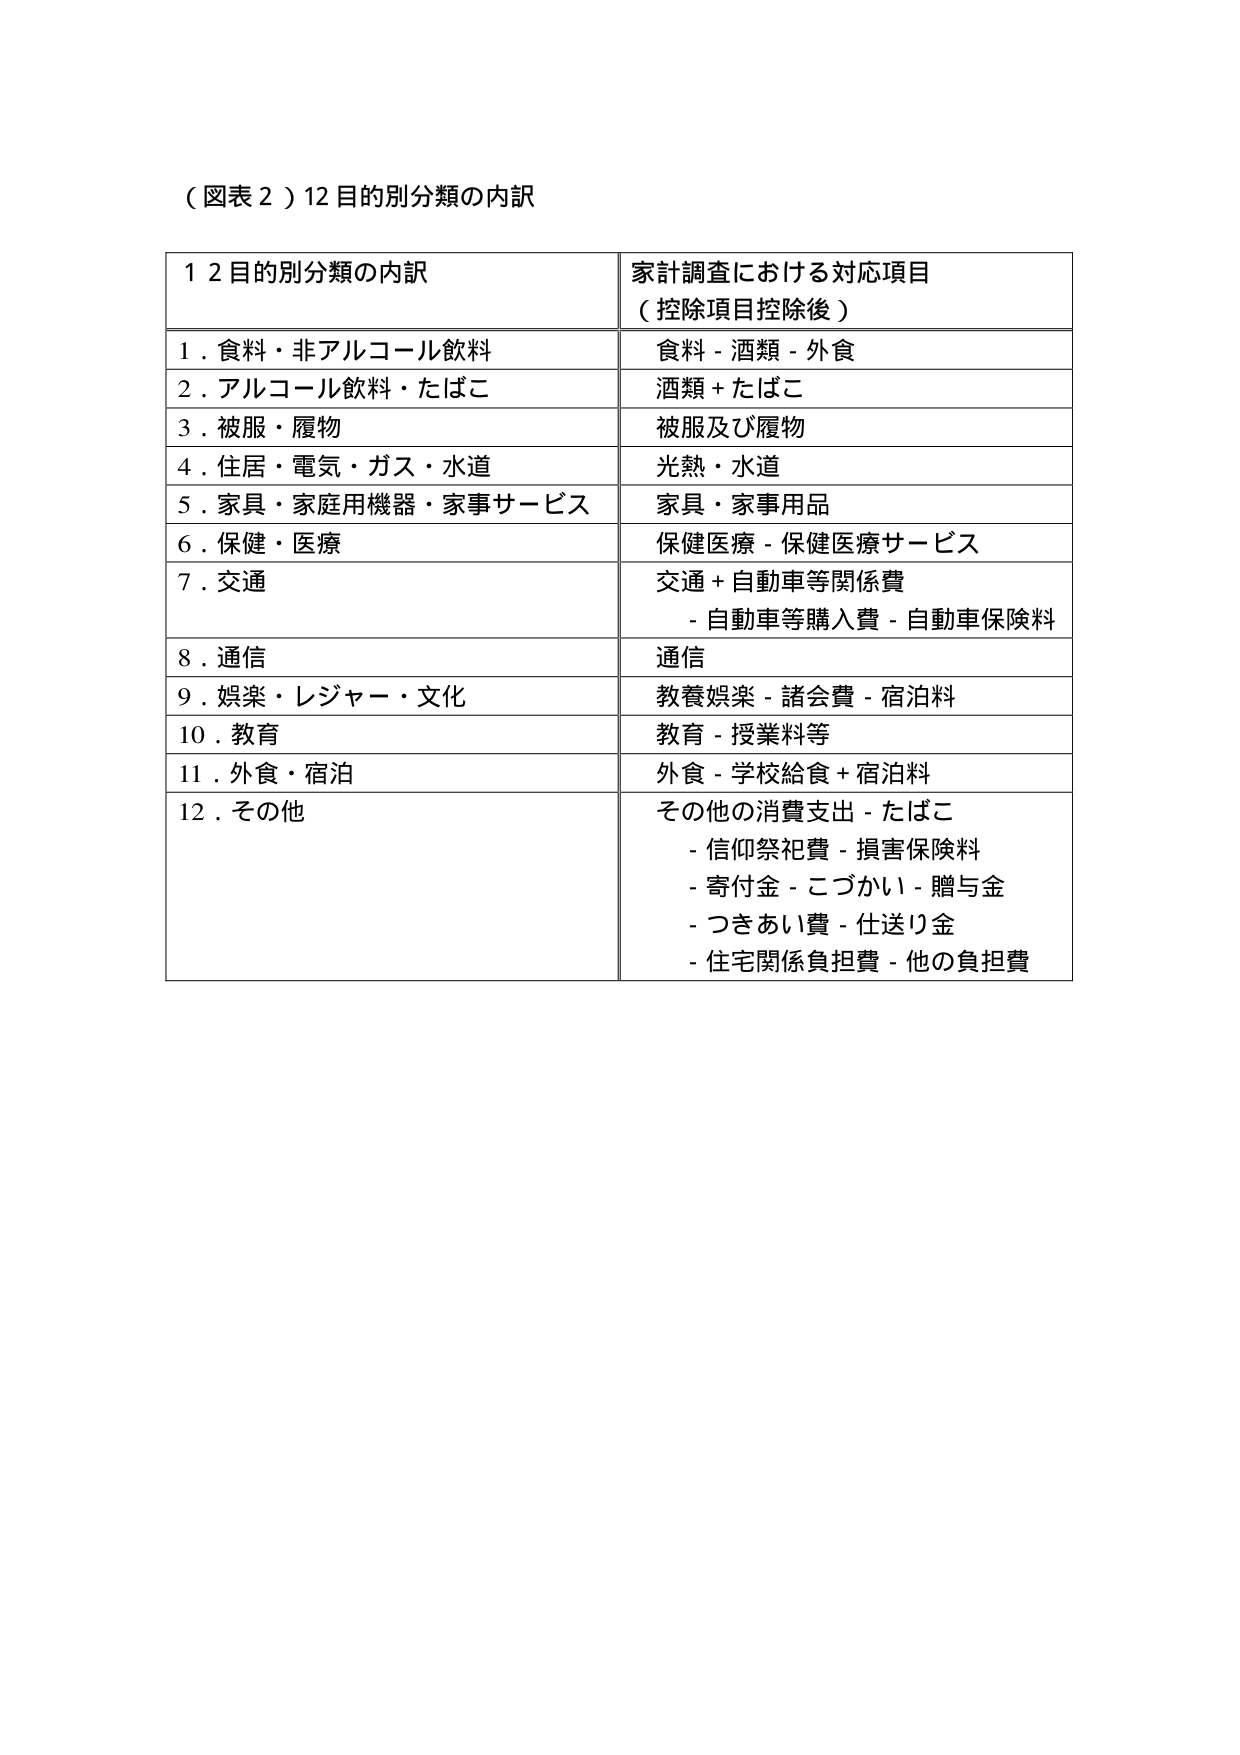
（図表２）12目的別分類の内訳

12目的別分類の内訳　　　　　　　　　　　家計調査における対応項目
　　　　　　　　　　　　　　　　　　　　（控除項目控除後）

1．食料・非アルコール飲料　　　　　　　　食料－酒類－外食
2．アルコール飲料・たばこ　　　　　　　　酒類＋たばこ
3．被服・履物　　　　　　　　　　　　　　被服及び履物
4．住居・電気・ガス・水道　　　　　　　　光熱・水道
5．家具・家庭用機器・家事サービス　　　　家具・家事用品
6．保健・医療　　　　　　　　　　　　　　保健医療－保健医療サービス
7．交通　　　　　　　　　　　　　　　　　交通＋自動車等関係費
　　　　　　　　　　　　　　　　　　　　－自動車等購入費－自動車保険料
8．通信　　　　　　　　　　　　　　　　　通信
9．娯楽・レジャー・文化　　　　　　　　　教養娯楽－諸会費－宿泊料
10．教育　　　　　　　　　　　　　　　　教育－授業料等
11．外食・宿泊　　　　　　　　　　　　　外食－学校給食＋宿泊料
12．その他　　　　　　　　　　　　　　　その他の消費支出－たばこ
　　　　　　　　　　　　　　　　　　　　－信仰祭祀費－損害保険料
　　　　　　　　　　　　　　　　　　　　－寄付金－こづかい－贈与金
　　　　　　　　　　　　　　　　　　　　－つきあい費－仕送り金
　　　　　　　　　　　　　　　　　　　　－住宅関係負担費－他の負担費